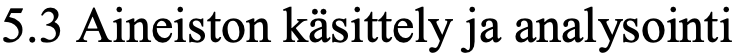
5.3 Aineiston käsittely ja analysointi